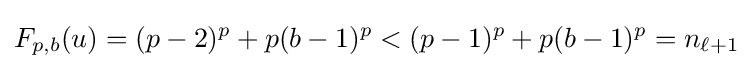
F_{p,b}(u)=(p-2)^{p}+p(b-1)^{p}<(p-1)^{p}+p(b-1)^{p}=n_{\ell +1}